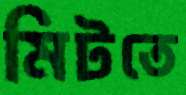
মিটতে